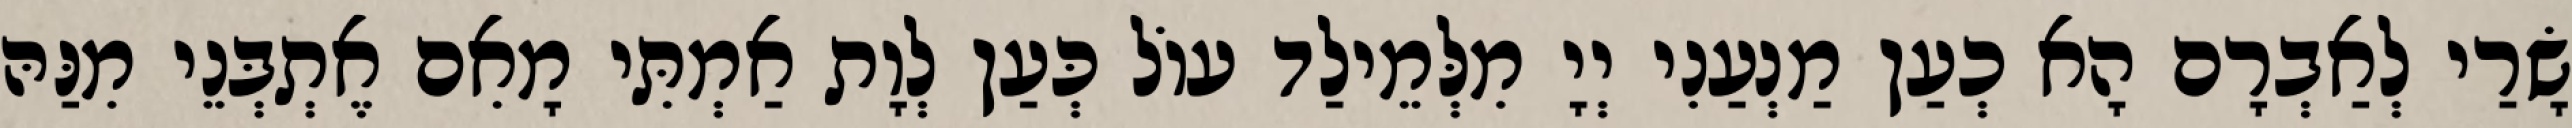
שָׂרַי לְאַבְרָם הָא כְעַן מַנְעַנִי יְיָ מִלְּמֵילַד עוֹל כְּעַן לְוָת אַמְתִּי מָאִם אֶתְבְּנֵי מִנַּהּ